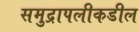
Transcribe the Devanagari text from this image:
समुद्रापलीकडील